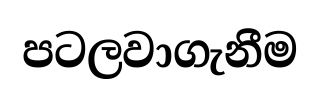
පටලවාගැනීම